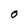
Character: O